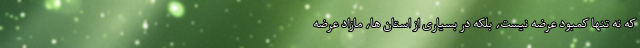
که نه تنها کمبود عرضه نیست، بلکه در بسیاری از استان ها، مازاد عرضه